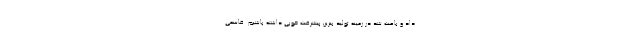
داد و باعث شد در زمینه تولید بنزین پیشرفت خوبی داشته باشیم. قاسمی